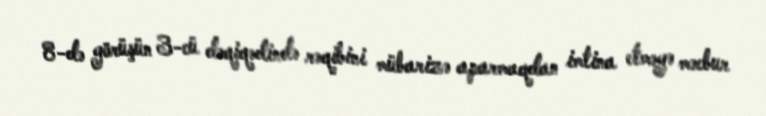
8-də görüşün 3-cü dəqiqədində rəqibini mübarizə aparmaqdan imtina etməyə məcbur